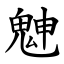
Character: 䰠